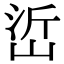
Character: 峾